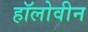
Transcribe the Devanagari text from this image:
हॉलोवीन